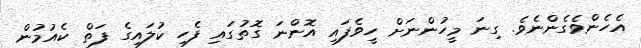
އެހެންވެގެންނެވެ. ގިނަ މީހުންނަށް ހީވެފައި އޮންނަ ގޮތުގައި ފެހި ކުލައިގެ ފަތް ކެއުމުން